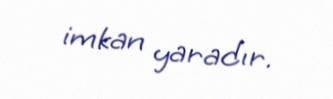
imkan yaradır.